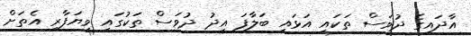
އާދައިގެ ދުވަސް ތަކައި އަޅައި ބަލާފަ އީދު ދުވަސް ތަކުގައި ވިޔަފާރި އެތަށް